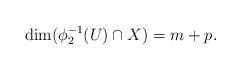
LaTeX: \begin{align*}\dim ( \phi_2 ^{-1}(U) \cap X ) = m+p.\end{align*}